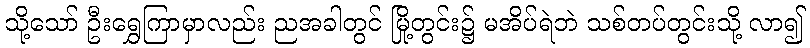
သို့သော် ဦးရွှေကြာမှာလည်း ညအခါတွင် မြို့တွင်း၌ မအိပ်ရဲဘဲ သစ်တပ်တွင်းသို့ လာ၍